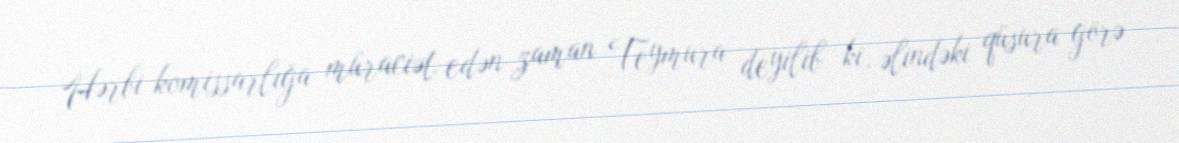
Hərbi komissarlığa müraciət edən zaman Teymura deyilib ki, əlindəki qüsura görə